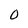
Character: 0